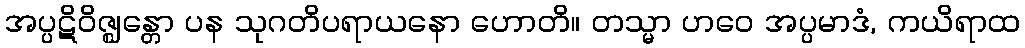
အပ္ပဋိဝိဇ္ဈန္တော ပန သုဂတိပရာယနော ဟောတိ။ တသ္မာ ဟဝေ အပ္ပမာဒံ, ကယိရာထ